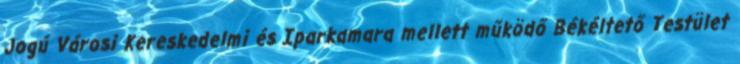
Jogú Városi Kereskedelmi és Iparkamara mellett működő Békéltető Testület